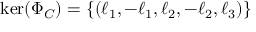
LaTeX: \mathrm { k e r } ( \Phi _ { C } ) = \left\{ \left( \ell _ { 1 } , - \ell _ { 1 } , \ell _ { 2 } , - \ell _ { 2 } , \ell _ { 3 } \right) \right\}